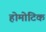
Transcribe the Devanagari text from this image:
होमोटिक